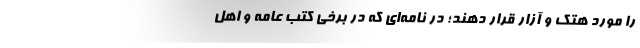
را مورد هتک و آزار قرار دهند؛ در نامه‌ای که در برخی کتب عامه و اهل